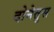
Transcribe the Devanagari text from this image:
दोनेतुस